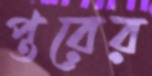
প্তরের